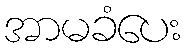
အာမခံပေး